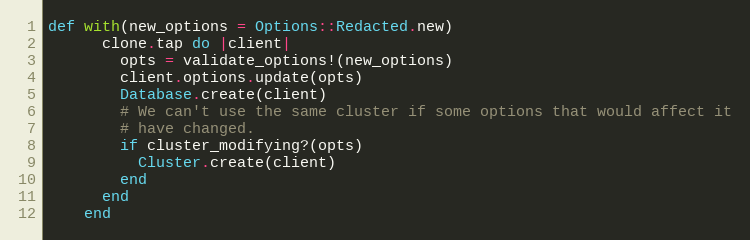
Language: Ruby
def with(new_options = Options::Redacted.new)
      clone.tap do |client|
        opts = validate_options!(new_options)
        client.options.update(opts)
        Database.create(client)
        # We can't use the same cluster if some options that would affect it
        # have changed.
        if cluster_modifying?(opts)
          Cluster.create(client)
        end
      end
    end